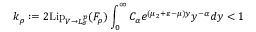
k _ { \rho } : = 2 \mathrm { L i p } _ { V \to L _ { \sigma } ^ { p } } ( F _ { \rho } ) \int _ { 0 } ^ { \infty } C _ { \alpha } e ^ { ( \mu _ { 2 } + \varepsilon - \mu ) y } y ^ { - \alpha } d y < 1